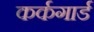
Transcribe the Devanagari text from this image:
कर्कगार्ड